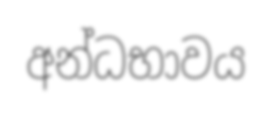
අන්ධභාවය